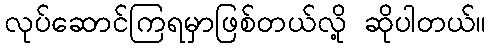
လုပ်ဆောင်ကြရမှာဖြစ်တယ်လို့ ဆိုပါတယ်။